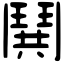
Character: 鬨